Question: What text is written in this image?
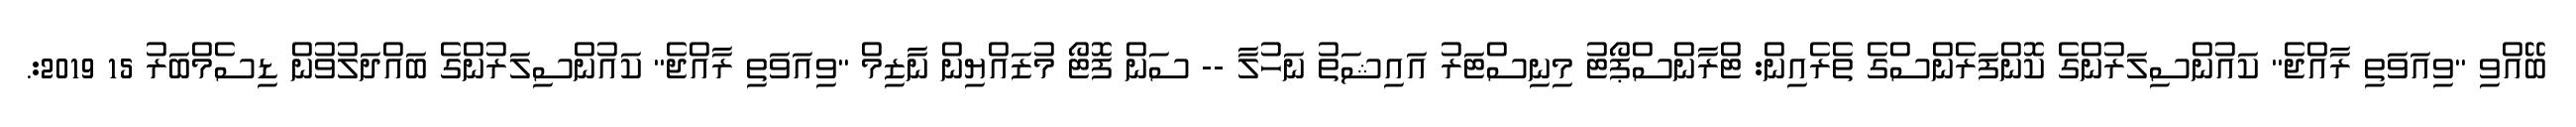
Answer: ބޭއްވި "ވިއަވަތި ރާއްޖެ" ކައުންސިލަރުންގެ ކޮންފަރެންސްގެ ތެރެއިން: ޓްރާންސްޕޯޓު މިނިސްޓަރު އައިޝަތު ނަހުލާ -- ސަން ފޮޓޯ މުޒައްޔިން ނާޒިމް "ވިއަވަތި ރާއްޖެ" ކައުންސިލަރުންގެ ބައްދަލުވުން ޑިސެމްބަރު 15 2019:.